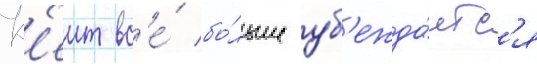
К'еит вс'е́ бо́льше уб'ежда́етс'я